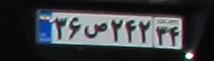
۲۶ص۲۴۲۳۴